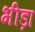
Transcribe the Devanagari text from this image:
भीड़ा